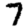
Digit: 7